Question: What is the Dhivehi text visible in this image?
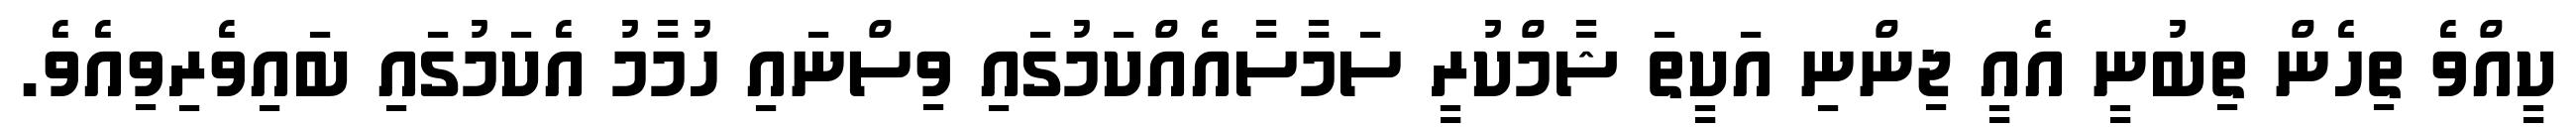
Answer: ކީއްވެ ތިހެން ތިބުނީ އެއީ ޖިންނި އަކީތަ ޝާމްކުރީ ސަމާސާއެއްކަމުގައި ވިސްނައި ހުމާމު އެކަމުގައި ބައިވެރިވިއެވެ.